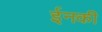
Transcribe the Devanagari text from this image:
ईनकी